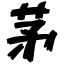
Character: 茅